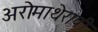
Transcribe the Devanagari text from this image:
अरोमाथेरापी